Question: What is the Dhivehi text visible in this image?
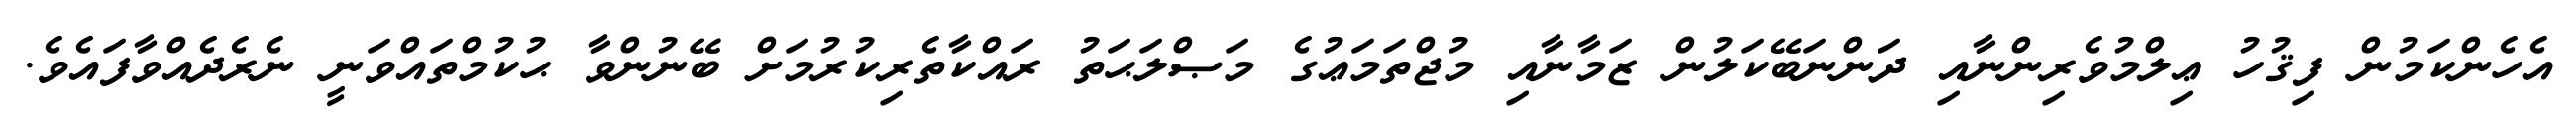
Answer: އެހެންކަމުން ފިޤުހު ޢިލްމުވެރިންނާއި ދަންނަބޭކަލުން ޒަމާނާއި މުޖްތަމަޢުގެ މަޞްލަޙަތު ރައްކާތެރިކުރުމަށް ބޭނުންވާ ޙުކުމްތައްވަނީ ނެރެދެއްވާފައެވެ.